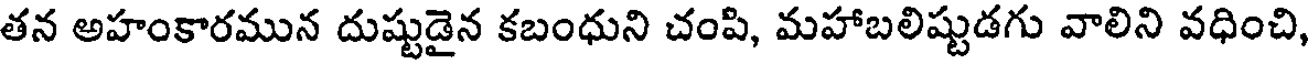
తన అహంకారమున దుష్టుడైన కబంధుని చంపి, మహాబలిష్టుడగు వాలిని వధించి,